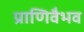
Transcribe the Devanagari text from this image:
प्राणिवैभव